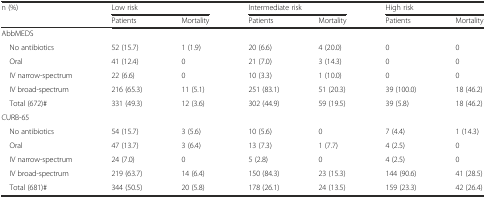
<table><thead><tr><td><b>n (%)</b></td><td colspan="2"><b>Low risk</b></td><td colspan="2"><b>Intermediate risk</b></td><td colspan="2"><b>High risk</b></td></tr><tr><td></td><td><b>Patients</b></td><td><b>Mortality</b></td><td><b>Patients</b></td><td><b>Mortality</b></td><td><b>Patients</b></td><td><b>Mortality</b></td></tr></thead><tbody><tr><td colspan="7">AbbMEDS</td></tr><tr><td> No antibiotics</td><td>52 (15.7)</td><td>1 (1.9)</td><td>20 (6.6)</td><td>4 (20.0)</td><td>0</td><td>0</td></tr><tr><td> Oral</td><td>41 (12.4)</td><td>0</td><td>21 (7.0)</td><td>3 (14.3)</td><td>0</td><td>0</td></tr><tr><td> IV narrow-spectrum</td><td>22 (6.6)</td><td>0</td><td>10 (3.3)</td><td>1 (10.0)</td><td>0</td><td>0</td></tr><tr><td> IV broad-spectrum</td><td>216 (65.3)</td><td>11 (5.1)</td><td>251 (83.1)</td><td>51 (20.3)</td><td>39 (100.0)</td><td>18 (46.2)</td></tr><tr><td> Total (672)#</td><td>331 (49.3)</td><td>12 (3.6)</td><td>302 (44.9)</td><td>59 (19.5)</td><td>39 (5.8)</td><td>18 (46.2)</td></tr><tr><td colspan="7">CURB-65</td></tr><tr><td> No antibiotics</td><td>54 (15.7)</td><td>3 (5.6)</td><td>10 (5.6)</td><td>0</td><td>7 (4.4)</td><td>1 (14.3)</td></tr><tr><td> Oral</td><td>47 (13.7)</td><td>3 (6.4)</td><td>13 (7.3)</td><td>1 (7.7)</td><td>4 (2.5)</td><td>0</td></tr><tr><td> IV narrow-spectrum</td><td>24 (7.0)</td><td>0</td><td>5 (2.8)</td><td>0</td><td>4 (2.5)</td><td>0</td></tr><tr><td> IV broad-spectrum</td><td>219 (63.7)</td><td>14 (6.4)</td><td>150 (84.3)</td><td>23 (15.3)</td><td>144 (90.6)</td><td>41 (28.5)</td></tr><tr><td> Total (681)#</td><td>344 (50.5)</td><td>20 (5.8)</td><td>178 (26.1)</td><td>24 (13.5)</td><td>159 (23.3)</td><td>42 (26.4)</td></tr></tbody></table>